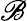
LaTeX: \mathscr{B}